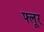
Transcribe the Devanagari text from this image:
फ्लूर